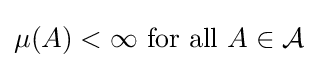
\mu (A)<\infty {\text{ for all }}A\in {\mathcal {A}}